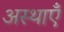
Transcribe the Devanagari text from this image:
अस्थाएँ